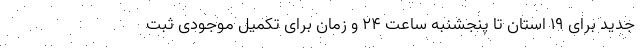
جدید برای ۱۹ استان تا پنجشنبه ساعت ۲۴ و زمان برای تکمیل موجودی ثبت